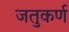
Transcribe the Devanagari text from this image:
जतुकर्ण